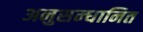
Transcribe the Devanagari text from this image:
अनुसन्‍धानित